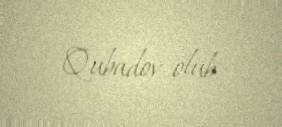
Qubadov olub.